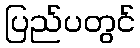
ပြည်ပတွင်